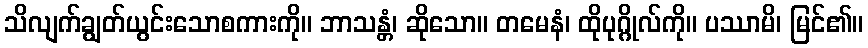
သိလျက်ချွတ်ယွင်းသောစကားကို။ ဘာသန္တံ၊ ဆိုသော။ တမေနံ၊ ထိုပုဂ္ဂိုလ်ကို။ ပဿာမိ၊ မြင်၏။